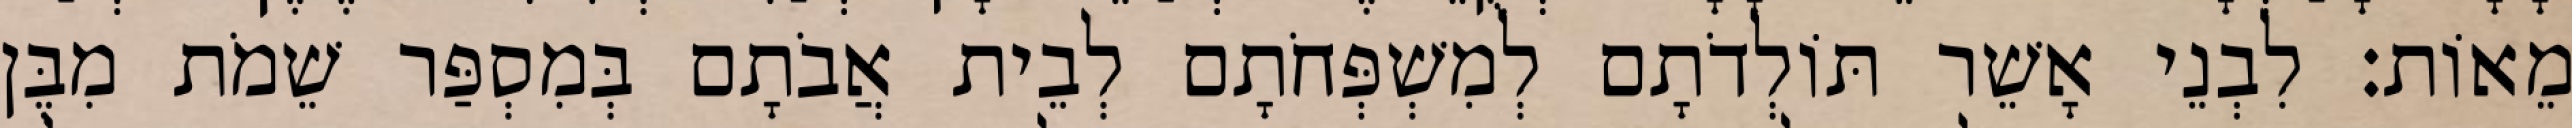
מֵאוֹת׃ לִבְנֵי אָשֵׁר תּוֹלְדֹתָם לְמִשְׁפְּחֹתָם לְבֵית אֲבֹתָם בְּמִסְפַּר שֵׁמֹת מִבֶּן